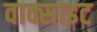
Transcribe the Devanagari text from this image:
वाक्साइट